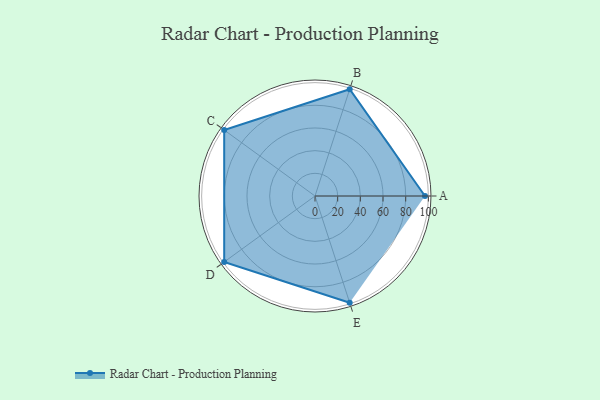
{"axis": {"x": "Skill", "y": "Score"}, "legend": ["Profile"], "data": [{"x": "A", "y": 97.0, "type": "Profile"}, {"x": "B", "y": 99, "type": "Profile"}, {"x": "C", "y": 99, "type": "Profile"}, {"x": "D", "y": 99, "type": "Profile"}, {"x": "E", "y": 99, "type": "Profile"}]}